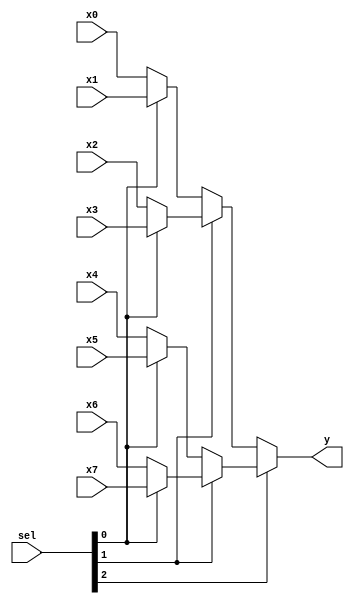
module mux8 #(parameter WIDTH=32) (
    input wire [WIDTH-1:0] x7, x6, x5, x4, x3, x2, x1, x0,
    input wire [2:0] sel,

    output wire [WIDTH-1:0] y
);
    assign y = sel[2] ? (sel[1] ? (sel[0] ? x7 : x6):
                                  (sel[0] ? x5 : x4)) :
                        (sel[1] ? (sel[0] ? x3 : x2) :
                                  (sel[0] ? x1 : x0))
                ;

endmodule